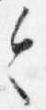
令